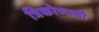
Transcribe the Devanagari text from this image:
त्रिकोणाची